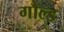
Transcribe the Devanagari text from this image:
गौल्ड